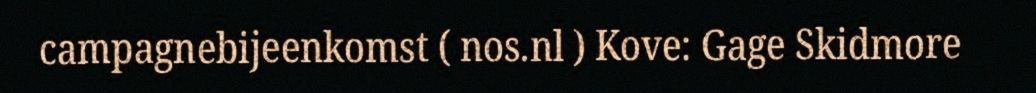
campagnebijeenkomst ( nos.nl ) Kove: Gage Skidmore